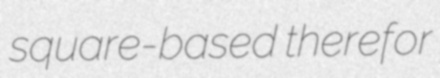
square-based therefor